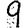
Digit: 9